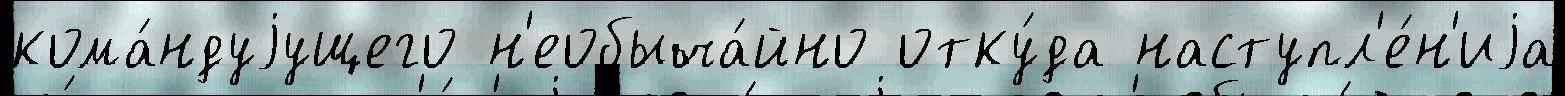
кома́ндуjущего н'еобыча́йно отку́да наступл'е́н'иjа